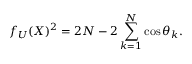
f _ { U } ( X ) ^ { 2 } = 2 N - 2 \sum _ { k = 1 } ^ { N } \cos \theta _ { k } .